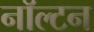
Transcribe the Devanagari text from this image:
नॉल्टन